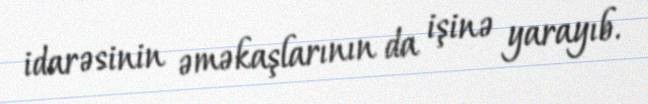
idarəsinin əməkaşlarının da işinə yarayıb.